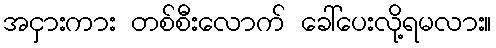
အငှားကား တစ်စီးလောက် ခေါ်ပေးလို့ရမလား။